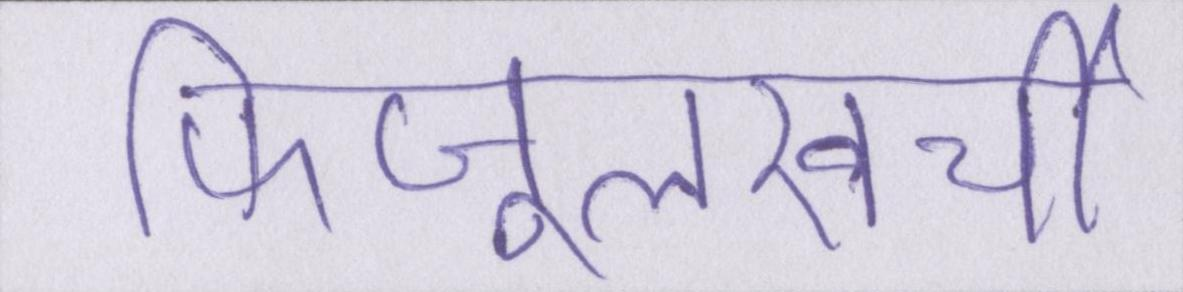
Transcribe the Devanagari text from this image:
फिजूलखर्ची